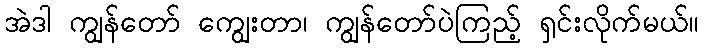
အဲဒါ ကျွန်တော် ကျွေးတာ၊ ကျွန်တော်ပဲကြည့် ရှင်းလိုက်မယ်။